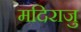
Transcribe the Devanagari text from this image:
मदिराजु